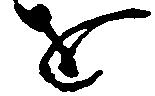
を